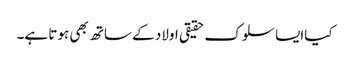
کیاایسا سلوک حقیقی اولاد کے ساتھ بھی ہوتا ہے۔